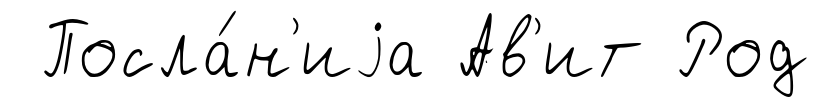
Посла́н'иjа Ав'ит Род